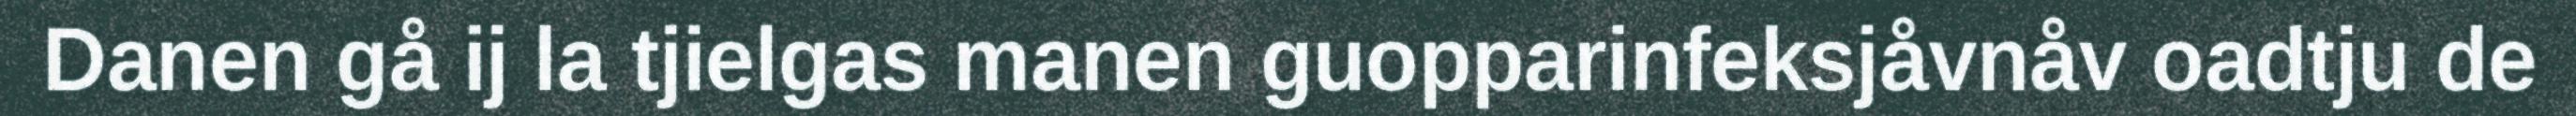
Danen gå ij la tjielgas manen guopparinfeksjåvnåv oadtju de